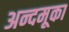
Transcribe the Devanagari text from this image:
अन्दमूका